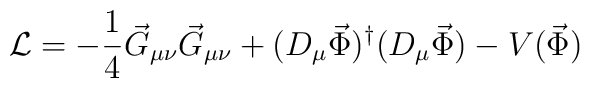
{\cal L} = -\frac{1}{4}\vec G_{\mu\nu}\vec G_{\mu\nu} +(D_\mu\vec \Phi)^\dagger(D_\mu\vec\Phi) - V(\vec \Phi)